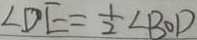
\angle D E = \frac { 1 } { 2 } \angle B O D